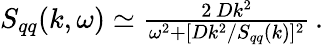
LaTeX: \begin{array}{r}{S_{qq}(k,\omega)\simeq\frac{2\, Dk^{2}}{\omega^{2}+[Dk^{2}/S_{qq}(k)]^{2}}\, .}\end{array}